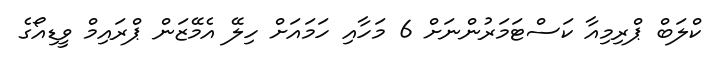
ކްލަބް ޕްރިމިއާ ކަސްޓަމަރުންނަށް 6 މަހާއި ހަމައަށް ހިލޭ އެމޭޒަން ޕްރައިމް ވީޑިއޯގެ